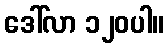
ဒေါ်လာ ၁၂၀ပါ။